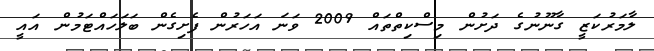
ލާމަރުކަޒީ ގާނޫނުގެ ދަށުން މިސްކިތްތައް 2009 ވަނަ އަހަރުން ފެށިގެން ބަލަހައްޓަމުން އައީ